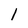
Character: l